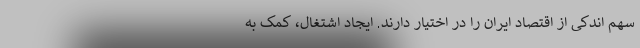
سهم اندکی از اقتصاد ایران را در اختیار دارند. ایجاد اشتغال، کمک به